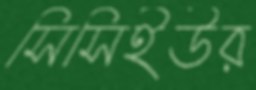
সিসিইউর